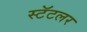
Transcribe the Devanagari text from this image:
स्टॅटलर